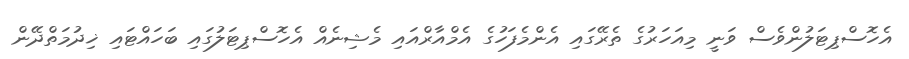
އެހޮސްޕިޓަލުންވެސް ވަނީ މިއަހަރުގެ ތެރޭގައި އެންމެފަހުގެ އެމްއާރްއައި މެޝިނެއް އެހޮސްޕިޓަލުގައި ބަހައްޓައި ޚިދުމަތްދޭން